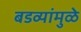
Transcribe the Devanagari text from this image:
बडव्यांमुळे